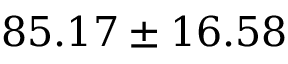
8 5 . 1 7 \pm 1 6 . 5 8